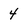
Character: 4